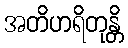
အတိဟရိတုန္တိ